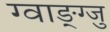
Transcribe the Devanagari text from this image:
ग्वाङ्ग्जु